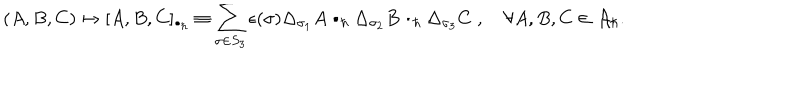
( A , B , C ) \mapsto [ A , B , C ] _ { \bullet _ { \hbar } } \equiv \sum _ { \sigma \in S _ { 3 } } \epsilon ( \sigma ) \Delta _ { \sigma _ { 1 } } A \bullet _ { \hbar } \Delta _ { \sigma _ { 2 } } B \bullet _ { \hbar } \Delta _ { \sigma _ { 3 } } C \; , \quad \forall A , B , C \in { \cal A } _ { \hbar } .